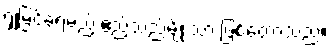
ရှုမြင်ခံရမည့် ဧည့်သည်မျိုးသာ ဖြစ်တော့သည်။